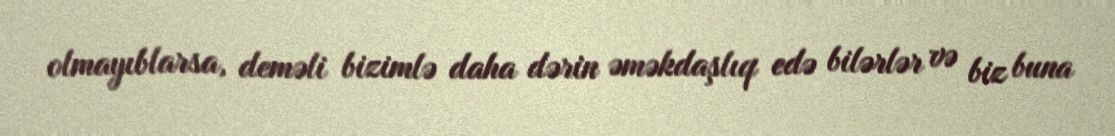
olmayıblarsa, deməli bizimlə daha dərin əməkdaşlıq edə bilərlər və biz buna